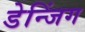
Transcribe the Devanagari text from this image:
डेन्जिंग